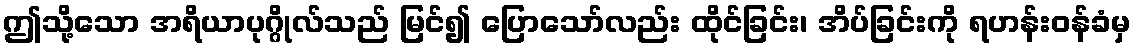
ဤသို့သော အရိယာပုဂ္ဂိုလ်သည် မြင်၍ ပြောသော်လည်း ထိုင်ခြင်း၊ အိပ်ခြင်းကို ရဟန်းဝန်ခံမှ